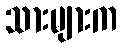
သားများက